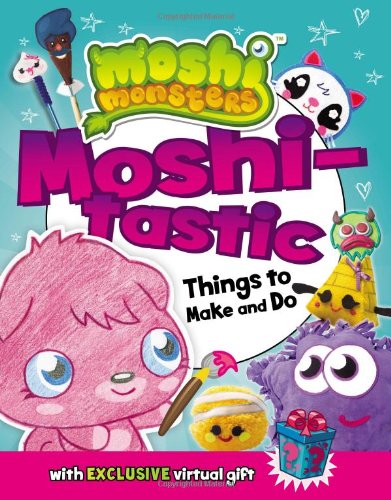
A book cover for Moshi-tastic Things to Make and Do (Moshi Monsters); Grosset & Dunlap; Children's Books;